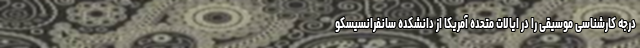
درجه کارشناسی موسیقی را در ایالات متحده آمریکا از دانشکده سانفرانسیسکو